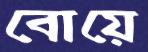
বোয়ে